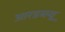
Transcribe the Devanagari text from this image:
आरडब्ल्यू